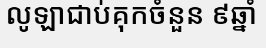
លូឡាជាប់គុកចំនួន ៩ឆ្នាំ